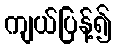
ကျယ်ပြန့်၍